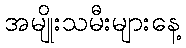
အမျိုးသမီးများနေ့